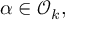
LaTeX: \alpha \in { \mathcal { O } } _ { k } ,